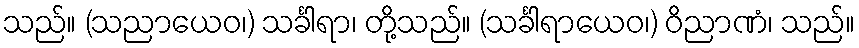
သည်။ (သညာယေဝ၊) သင်္ခါရာ၊ တို့သည်။ (သင်္ခါရာယေဝ၊) ဝိညာဏံ၊ သည်။